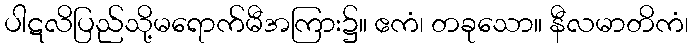
ပါဋလိပြည်သို့မရောက်မီအကြား၌။ ဧကံ၊ တခုသော။ နီလမာတိကံ၊